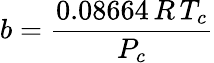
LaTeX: b={\frac{0.08664\, R\, T_{c}}{P_{c}}}